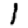
Digit: 1